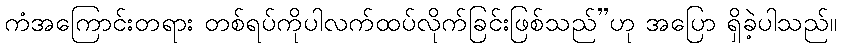
ကံအကြောင်းတရား တစ်ရပ်ကိုပါလက်ထပ်လိုက်ခြင်းဖြစ်သည်”ဟု အပြော ရှိခဲ့ပါသည်။